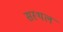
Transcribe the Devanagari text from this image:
सस्थल